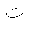
Letter: _ta